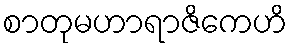
စာတုမဟာရာဇိကေဟိ